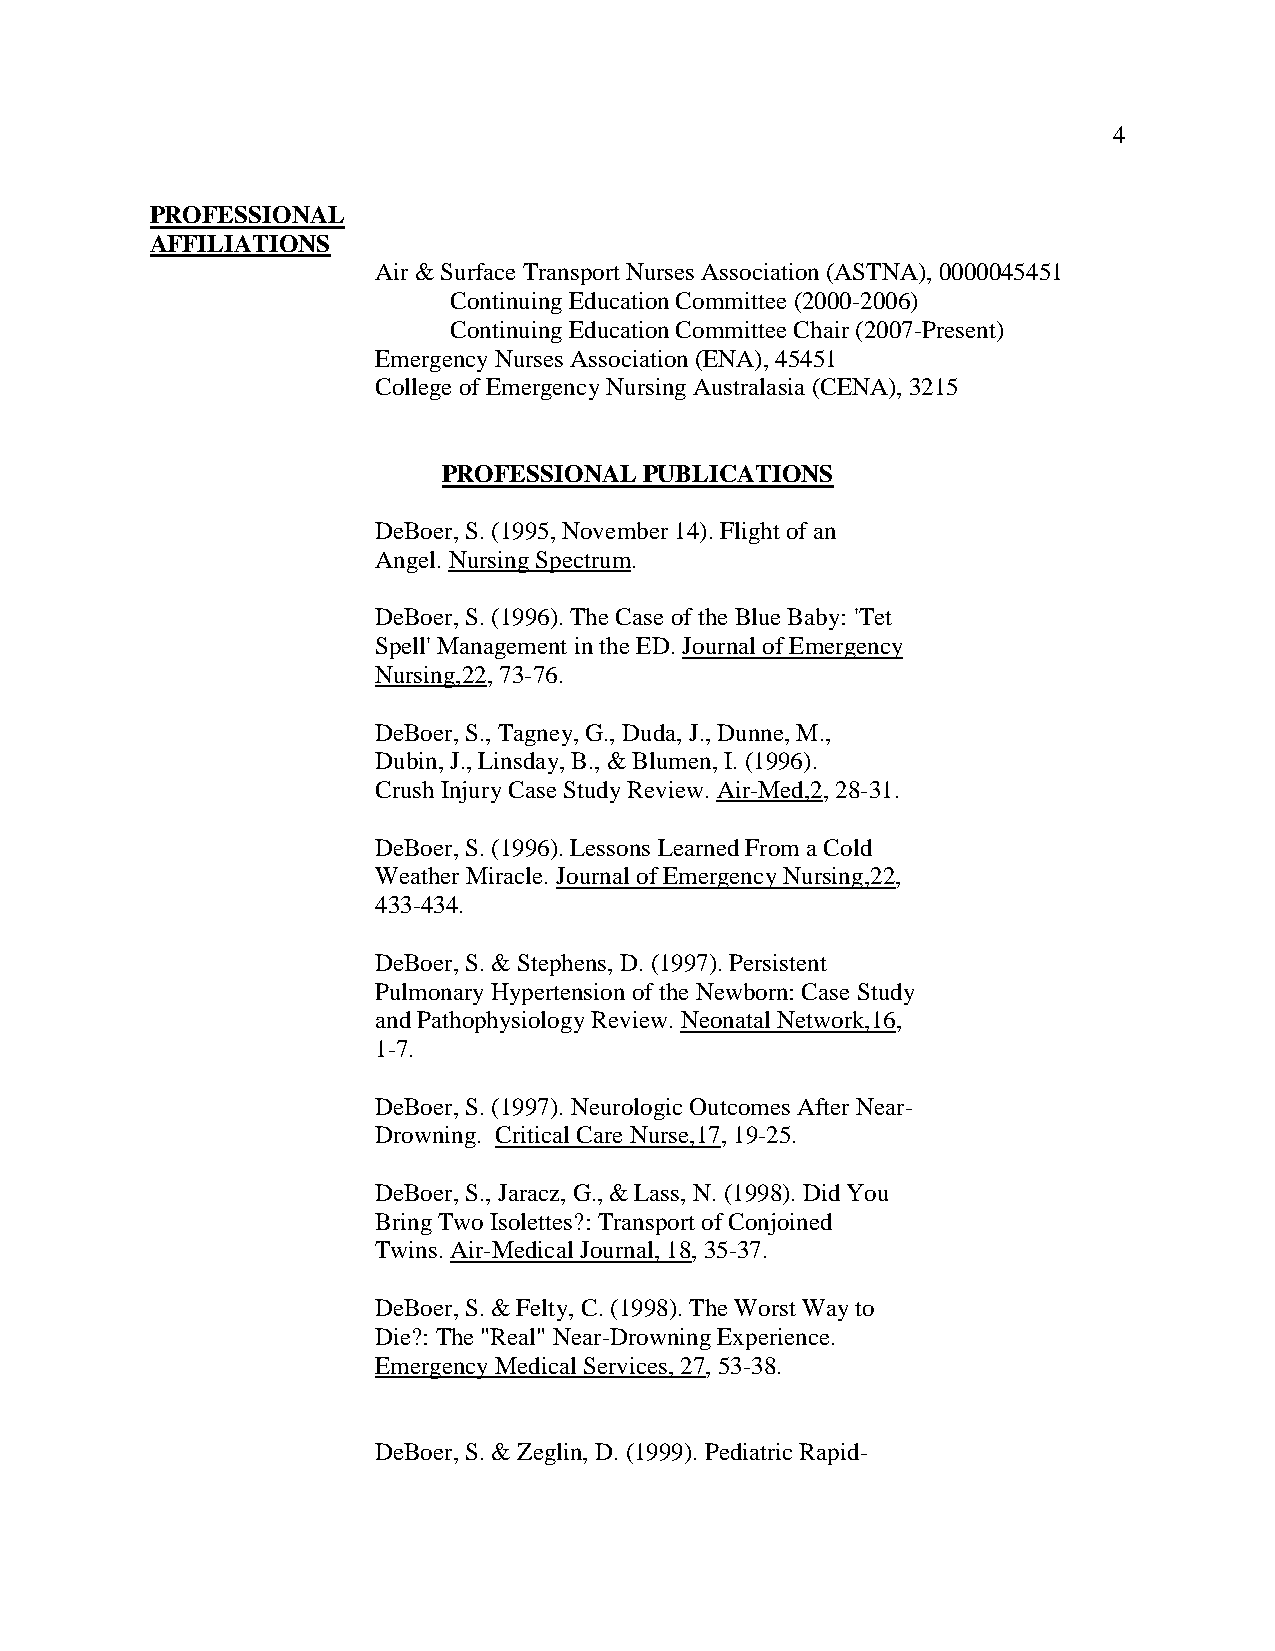
4
 PROFESSIONAL
 AFFILIATIONS
 Air & Surface Transport Nurses Association (ASTNA), 0000045451
 Continuing Education Committee (2000-2006)
 Continuing Education Committee Chair (2007-Present)
 Emergency Nurses Association (ENA), 45451
 College of Emergency Nursing Australasia (CENA), 3215
 PROFESSIONAL  PUBLICATIONS
 DeBoer, S. (1995, November 14). Flight of an
 Angel. Nursing Spectrum.
 DeBoer, S. (1996). The Case of the Blue Baby: 'Tet
 Spell' Management in the ED. Journal of Emergency
 Nursing,22, 73-76.
 DeBoer, S., Tagney, G., Duda, J., Dunne, M.,
 Dubin, J., Linsday, B., & Blumen, I. (1996).
 Crush Injury Case Study Review. Air-Med,2, 28-31.
 DeBoer, S. (1996). Lessons Learned From a Cold
 Weather Miracle. Journal of Emergency Nursing,22,
 433-434.
 DeBoer, S. & Stephens, D. (1997). Persistent
 Pulmonary Hypertension of the Newborn: Case Study
 and Pathophysiology Review. Neonatal Network,16,
 1-7.
 DeBoer, S. (1997). Neurologic Outcomes After Near-
 Drowning. Critical Care Nurse,17, 19-25.
 DeBoer, S., Jaracz, G., & Lass, N. (1998). Did You
 Bring Two Isolettes?: Transport of Conjoined
 Twins. Air-Medical Journal, 18, 35-37.
 DeBoer, S. & Felty, C. (1998). The Worst Way to
 Die?: The "Real" Near-Drowning Experience.
 Emergency Medical Services, 27, 53-38.
 DeBoer, S. & Zeglin, D. (1999). Pediatric Rapid-